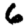
Digit: 6